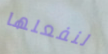
لنفعلها